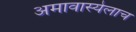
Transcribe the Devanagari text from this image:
अमावास्येलाच